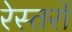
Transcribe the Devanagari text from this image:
रेस्तरों